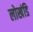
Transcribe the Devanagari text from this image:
लोखंडि